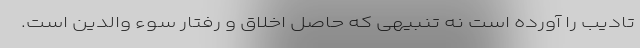
تادیب را آورده است نه تنبیهی که حاصل اخلاق و رفتار سوء والدین است.